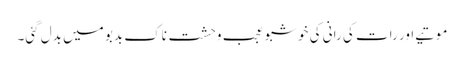
موتیے اور رات کی رانی کی خوشبو عجب وحشت ناک بدبو میں بدل گئی۔